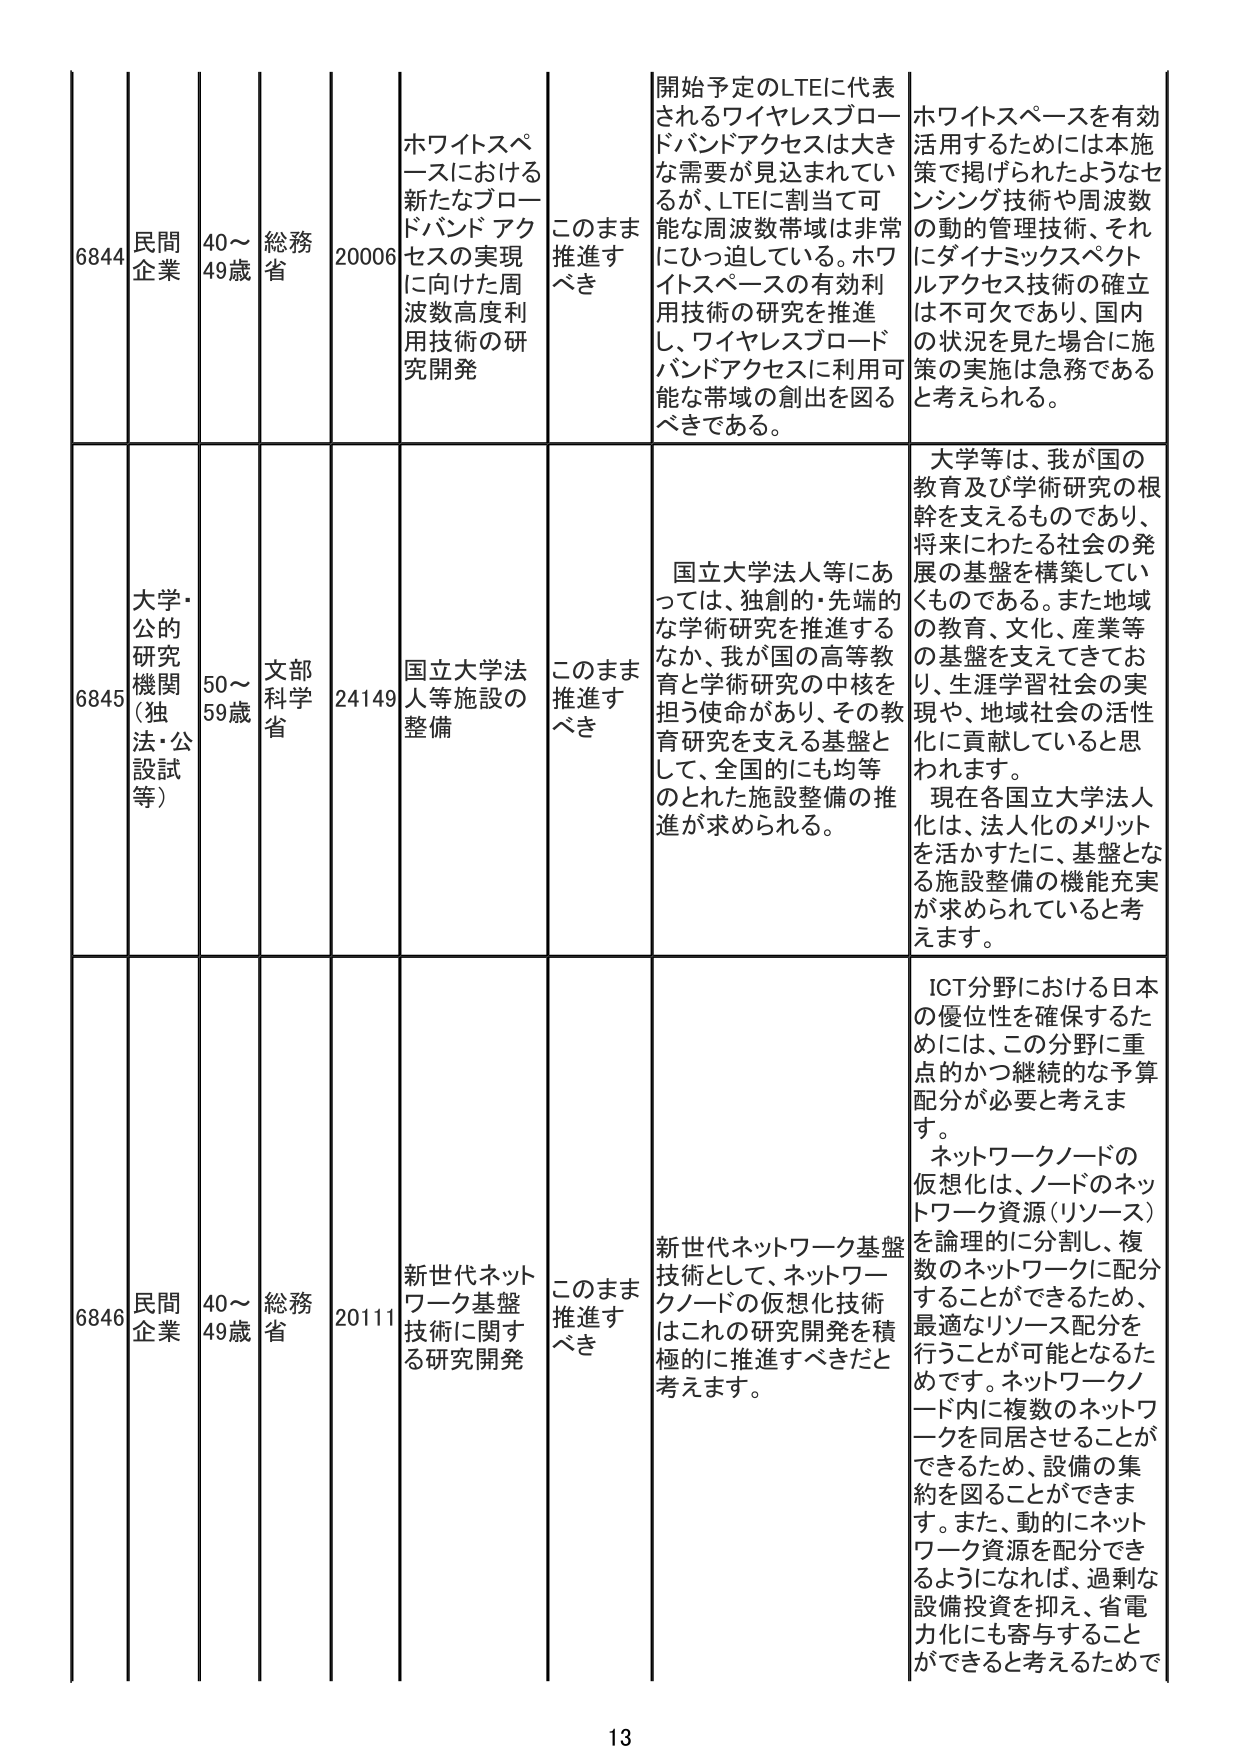
6844 民間企業 40～49歳 総務省 20006 ホワイトスペースにおける新たなブロードバンドアクセスの実現に向けた周波数高度利用技術の研究開発 このまま推進すべき 開始予定のLTEに代表されるワイヤレスブロードバンドアクセスは大きな需要が見込まれているが、LTEに割当て可能な周波数帯域は非常にひっ迫している。ホワイトスペースの有効利用技術の研究を推進し、ワイヤレスブロードバンドアクセスに利用可能な帯域の創出を図るべきである。 ホワイトスペースを有効活用するためには本施策で掲げられたようなセンシング技術や周波数の動的管理技術、それにダイナミックスペクトルアクセス技術の確立は不可欠であり、国内の状況を見た場合に施策の実施は急務であると考えられる。

6845 大学・公的研究機関（独法・公設試等） 50～59歳 文部科学省 24149 国立大学法人等施設の整備 このまま推進すべき 国立大学法人等にあっては、独創的・先端的な学術研究を推進するなか、我が国の高等教育と学術研究の中核を担う使命があり、その教育研究を支える基盤として、全国的にも均等のとれた施設整備の推進が求められる。 大学等は、我が国の教育及び学術研究の根幹を支えるものであり、将来にわたる社会の発展の基盤を構築していくものである。また地域の教育、文化、産業等の基盤を支えてきており、生涯学習社会の実現や、地域社会の活性化に貢献していると思われます。現在各国立大学法人化は、法人化のメリットを活かすために、基盤となる施設整備の機能充実が求められていると考えます。

6846 民間企業 40～49歳 総務省 20111 新世代ネットワーク基盤技術に関する研究開発 このまま推進すべき 新世代ネットワーク基盤技術として、ネットワークノードの仮想化技術はこれの研究開発を積極的に推進すべきだと考えます。 ICT分野における日本の優位性を確保するためには、この分野に重点的かつ継続的な予算配分が必要と考えます。ネットワークノードの仮想化は、ノードのネットワーク資源（リソース）を論理的に分割し、複数のネットワークに配分することができるため、最適なリソース分配を行うことが可能となるためです。ネットワークノード内に複数のネットワークを同居させることができるため、設備の集約を図ることができます。また、動的にネットワーク資源を配分できるようになれば、過剰な設備投資を抑え、省電力化にも寄与することができると考えるためで

13